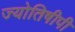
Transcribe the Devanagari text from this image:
ज्योतिषीपी